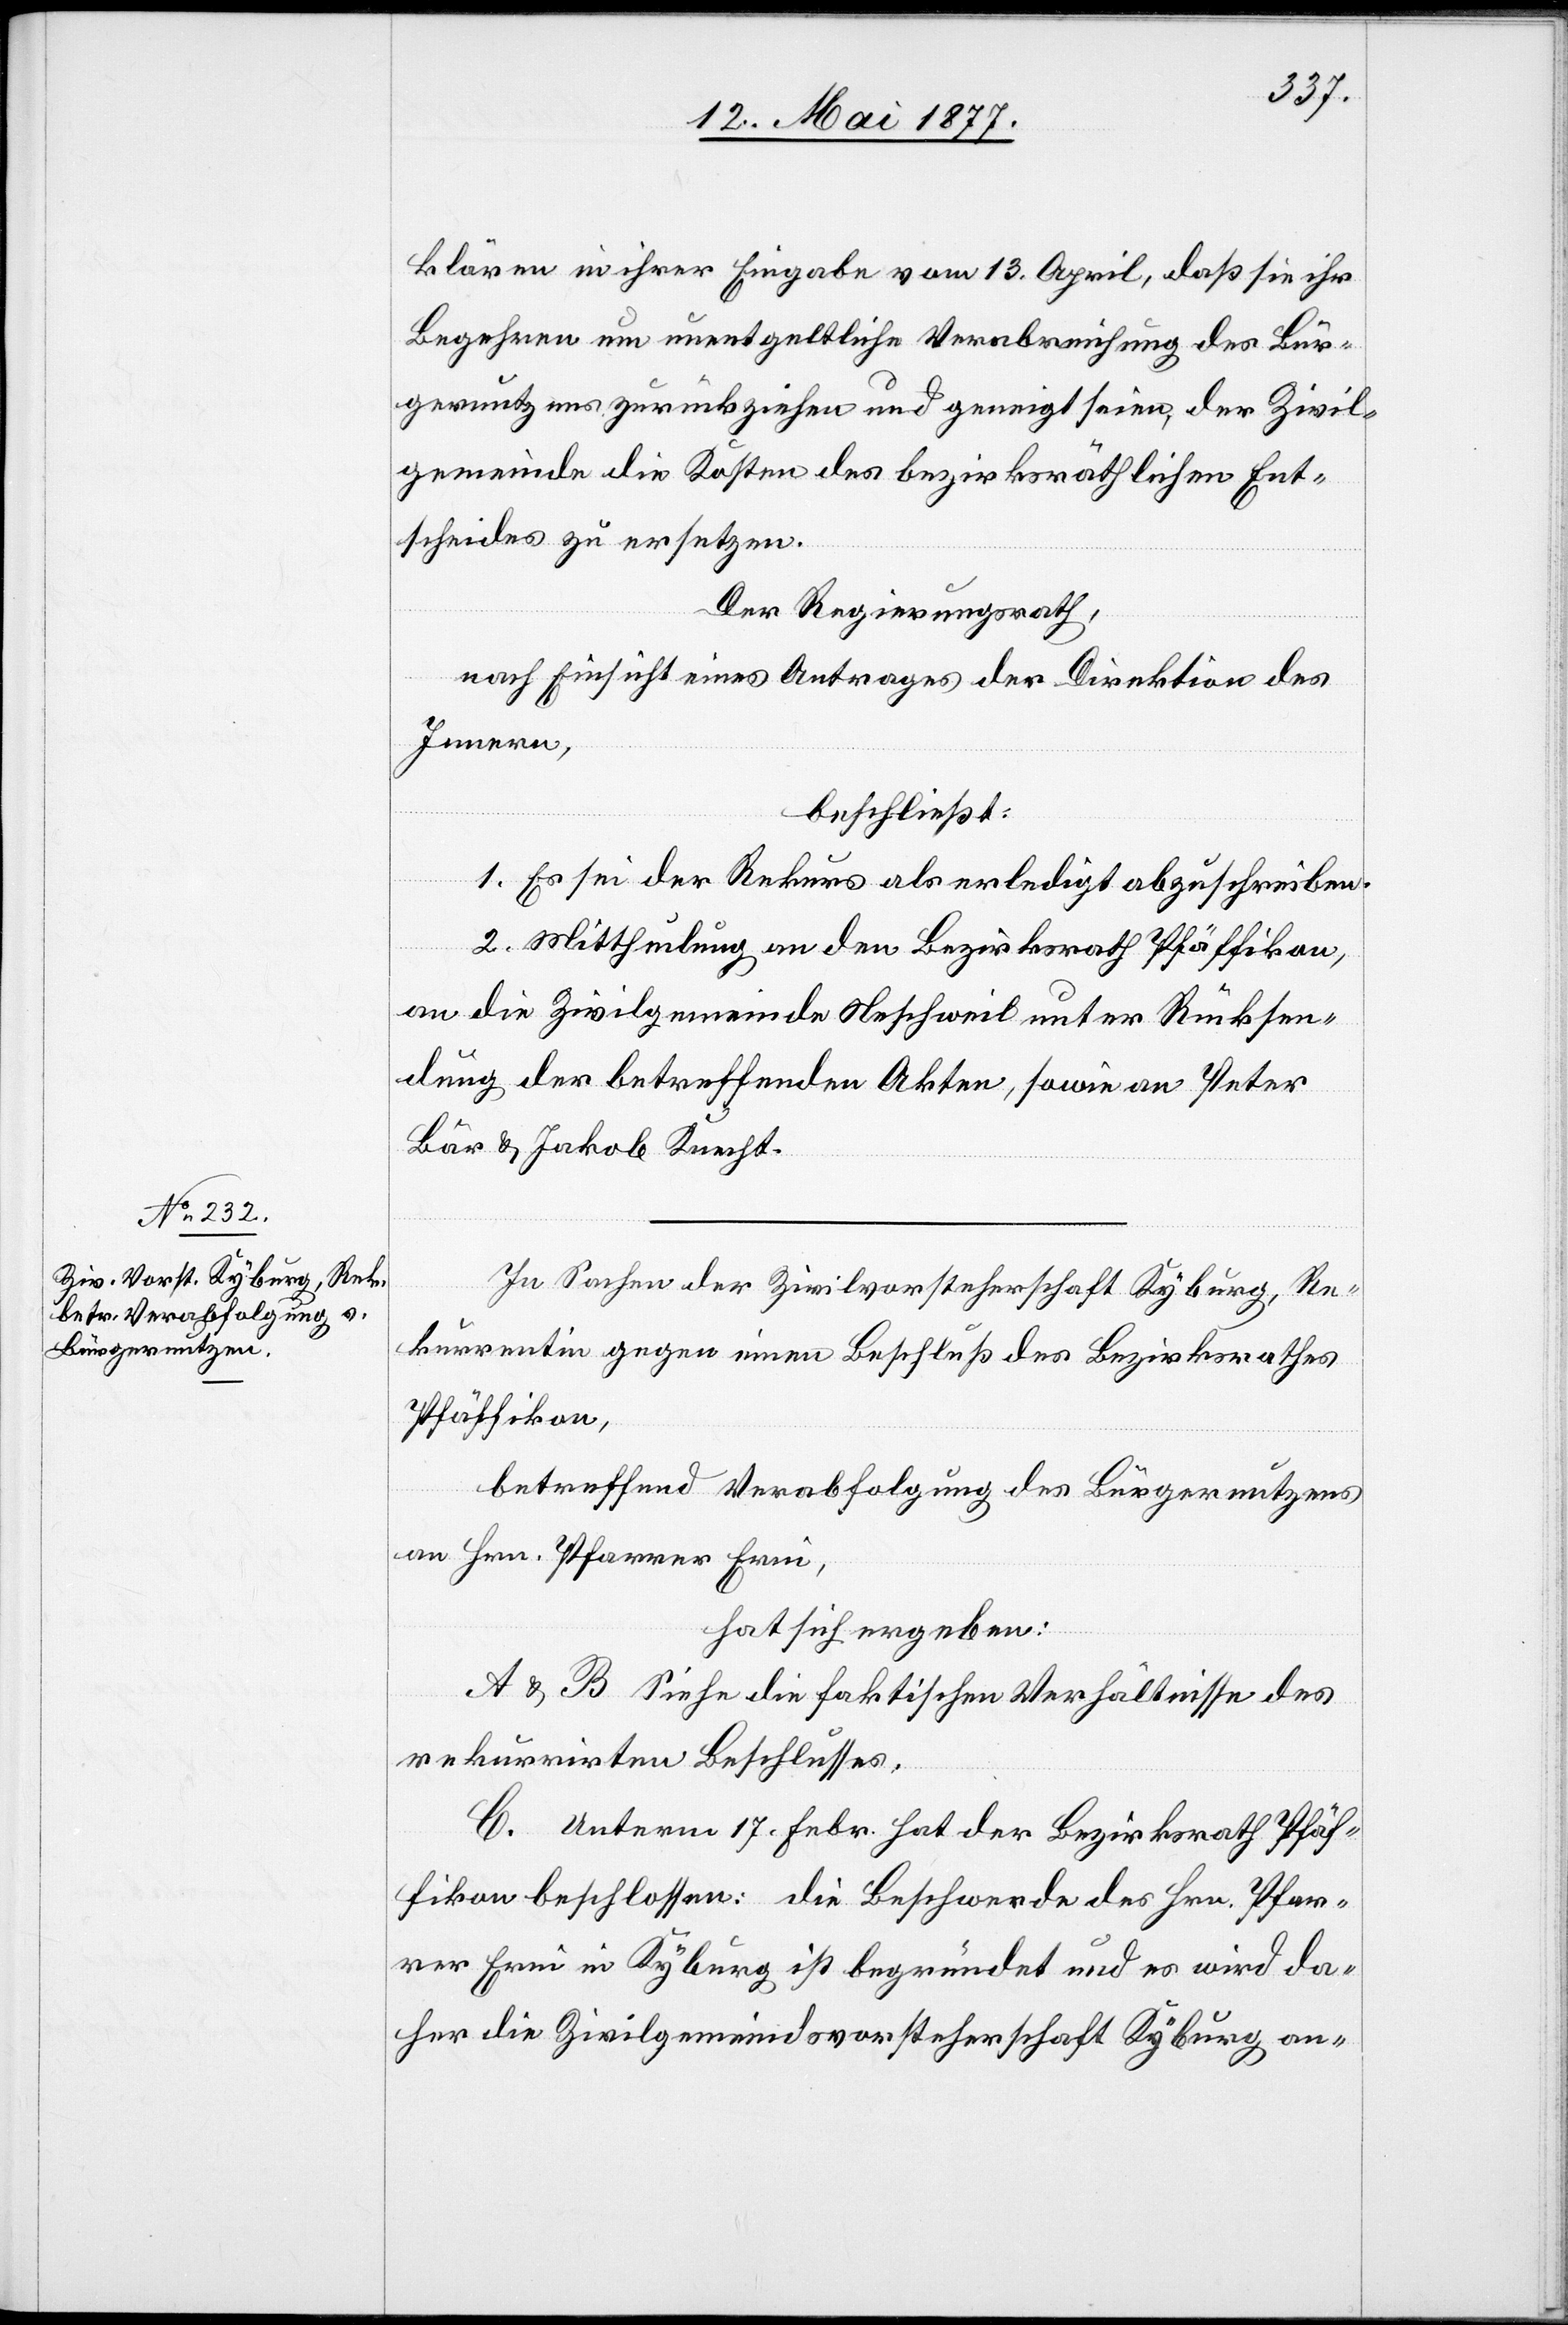
klären in ihrer Eingabe vom 13. April, daß sie ihr
Begehren um unentgeltliche Verabreichung des Bür¬
gernutzens zurückziehen und geneigt seien, der Zivil¬
gemeinde die Kosten des bezirksräthlichen Ent¬
scheides zu ersetzen.
Der Regierungsrath,
nach Einsicht eines Antrages der Direktion des
Innern,
beschließt:
1. Es sei der Rekurs als erledigt abzuschreiben.
2. Mittheilung an den Bezirksrath Pfäffikon,
an die Zivilgemeinde Neschweil unter Rücksen¬
dung der betreffenden Akten, sowie an Peter
Bär & Jakob Knecht.
In Sachen der Zivilvorsteherschaft Kyburg, Re¬
kurrentin gegen einen Beschluß des Bezirksrathes
Pfäffikon,
betreffend Verabfolgung des Bürgernutzens
an Hrn. Pfarrer Erni,
hat sich ergeben:
A & B. Siehe die faktischen Verhältnisse des
rekurrirten Beschlusses.
C. Unterm 17. Febr. hat der Bezirksrath Pfäf¬
fikon beschlossen: Die Beschwerde des Hrn. Pfar¬
rer Erni in Kyburg ist begründet und es wird da¬
her die Zivilgemeindsvorsteherschaft Kyburg an-